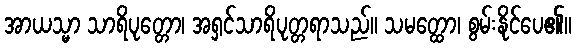
အာယသ္မာ သာရိပုတ္တော၊ အရှင်သာရိပုတ္တရာသည်။ သမတ္ထော၊ စွမ်းနိုင်ပေ၏။